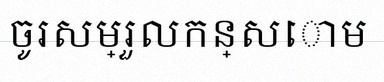
ចូរសម្រួលកន្សោម